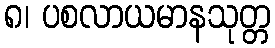
၈၊ ပစလာယမာနသုတ္တ